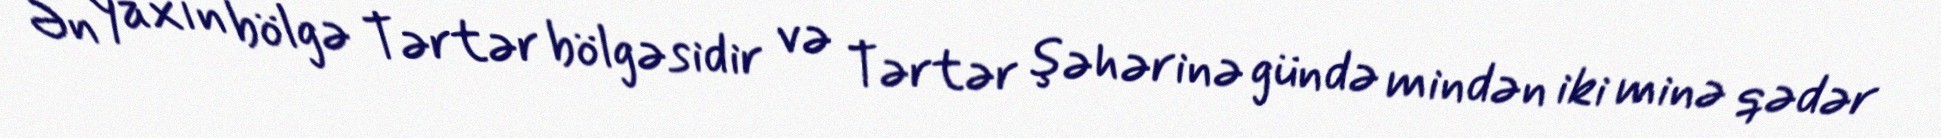
Ən yaxın bölgə Tərtər bölgəsidir və Tərtər şəhərinə gündə mindən iki minə qədər